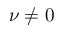
\nu \neq 0